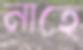
নাহে